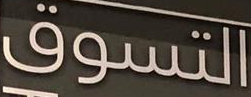
التسوق